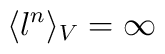
\langle l^n \rangle_V = \infty